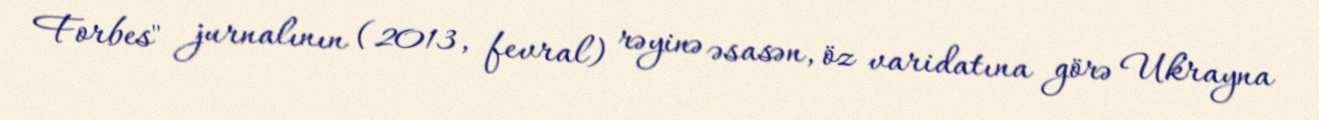
Forbes" jurnalının (2013, fevral) rəyinə əsasən, öz varidatına görə Ukrayna